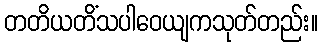
တတိယတိံသပါဝေယျကသုတ်တည်း။